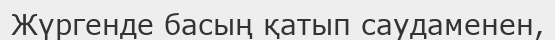
Жүргенде басың қатып саудаменен,